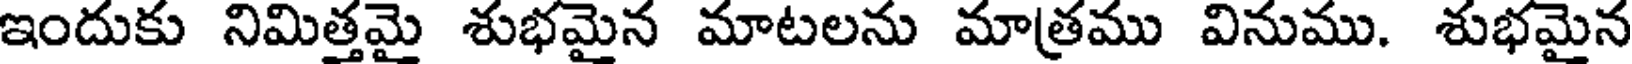
ఇందుకు నిమిత్తమై శుభమైన మాటలను మాత్రము వినుము. శుభమైన